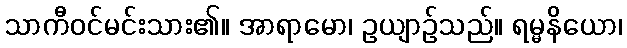
သာကီဝင်မင်းသား၏။ အာရာမော၊ ဥယျာဉ်သည်။ ရမ္မနိယော၊